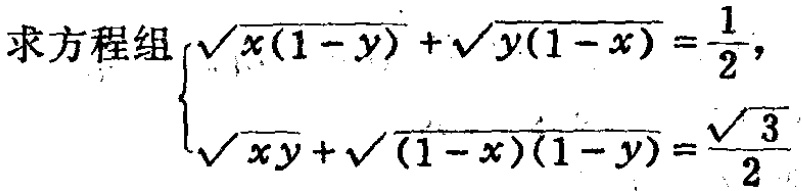
求方程组$\begin{cases}\sqrt{x(1 - y)}+\sqrt{y(1 - x)}=\frac{1}{2},\\\sqrt{xy}+\sqrt{(1 - x)(1 - y)}=\frac{\sqrt{3}}{2}\end{cases}$